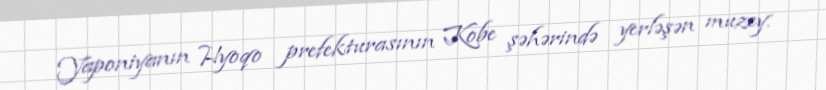
Yaponiyanın Hyoqo prefekturasının Kobe şəhərində yerləşən muzey.